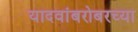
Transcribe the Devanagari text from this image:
यादवांबरोबरच्या